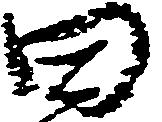
田